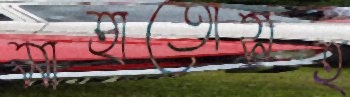
মাহাতোসহ